Report on vaccination in the Province of Bengal - 1869-1873
Year: 1869
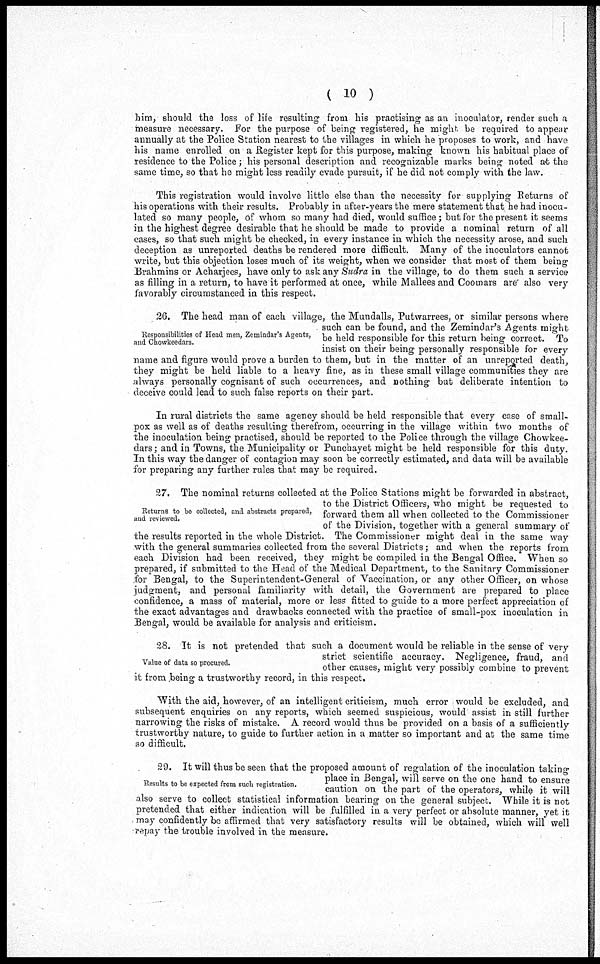
( 10 )
him, should the loss of life resulting from his practising as an inoculator, render such a
measure necessary. For the purpose of being registered, he might be required to appear
annually at the Police Station nearest to the villages in which he proposes to work, and have
his name enrolled on a Register kept for this purpose, making known his habitual place of
residence to the Police; his personal description and recognizable marks being noted at the
same time, so that he might less readily evade pursuit, if he did not comply with the law.
This registration would involve little else than the necessity for supplying Returns of
his operations with their results. Probably in after-years the mere statement that he had inocu-
lated so many people, of whom so many had died, would suffice; but for the present it seems
in the highest degree desirable that he should be made to provide a nominal return of all
cases, so that such might be checked, in every instance in which the necessity arose, and such
deception as unreported deaths be rendered more difficult. Many of the inoculators cannot
write, but this objection loses much of its weight, when we consider that most of them being
Brahmins or Acharjees, have only to ask any Sudra in the village, to do them such a service
as filling in a return, to have it performed at once, while Mallees and Coomars are' also very
favorably circumstanced in this respect.
Responsibilities of Head men, Zemindar's Agents,
and Chowkeedars.
26. The head man of each village, the Mundalls, Putwarrees, or similar persons where
such can be found, and the Zemindar's Agents might
be held responsible for this return being correct. To
insist on their being personally responsible for every
name and figure would prove a burden to them, but in the matter of an unreported death,
they might be held liable to a heavy fine, as in these small village communities they are
always personally cognisant of such occurrences, and nothing but deliberate intention to
deceive could lead to such false reports on their part.
In rural districts the same agency should be held responsible that every case of small-
pox as well as of deaths resulting therefrom, occurring in the village within two months of
the inoculation being practised, should be reported to the Police through the village Chowkee-
dars; and in Towns, the Municipality or Punchayet might be held responsible for this duty.
In this way the danger of contagion may soon be correctly estimated, and data will be available
for preparing any further rules that may be required.
Returns to be collected, and abstracts prepared,
and reviewed.
27. The nominal returns collected at the Police Stations might be forwarded in abstract,
to the District Officers, who might be requested to
forward them all when collected to the Commissioner
of the Division, together with a general summary of
the results reported in the whole District. The Commissioner might deal in the same way
with the general summaries collected from the several Districts; and when the reports from
each Division had been received, they might be compiled in the Bengal Office. When so
prepared, if submitted to the Head of the Medical Department, to the Sanitary Commissioner
for Bengal, to the Superintendent-General of Vaccination, or any other Officer, on whose
judgment, and personal familiarity with detail, the Government are prepared to place
confidence, a mass of material, more or less fitted to guide to a more perfect appreciation of
the exact advantages and drawbacks connected with the practice of small-pox inoculation in
Bengal, would be available for analysis and criticism.
Value of data so procured.
28. It is not pretended that such a document would be reliable in the sense of very
strict scientific accuracy. Negligence, fraud, and
other causes, might very possibly combine to prevent
it from being a trustworthy record, in this respect.
With the aid, however, of an intelligent criticism, much error would be excluded, and
subsequent enquiries on any reports, which seemed suspicious, would assist in still further
narrowing the risks of mistake. A record would thus be provided on a basis of a sufficiently
trustworthy nature, to guide to further action in a matter so important and at the same time
so difficult.
Results to be expected from such registration.
29. It will thus be seen that the proposed amount of regulation of the inoculation taking
place in Bengal, will serve on the one hand to ensure
caution on the part of the operators, while it will
also serve to collect statistical information bearing on the general subject. While it is not
pretended that either indication will be fulfilled in a very perfect or absolute manner, yet it
may confidently be affirmed that very satisfactory results will be obtained, which will well
repay the trouble involved in the measure.